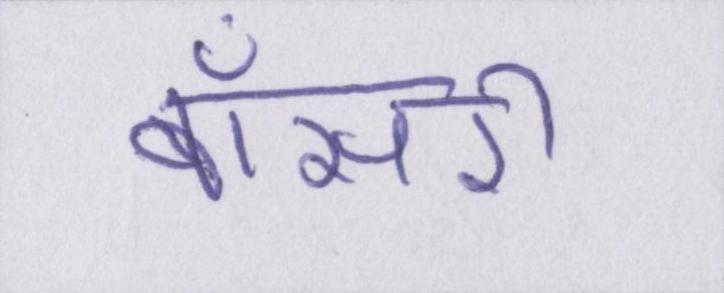
बॉसरी